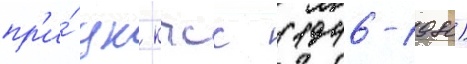
пр'и́ цк кпсс (1946-1980)